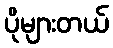
ပိုများတယ်